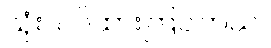
သုံးသပ်ထားကြပါတယ်။